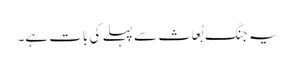
یہ جنگ بُعَاث سے پہلے کی بات ہے۔